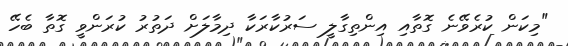
"މިކަން ކުރެވޭނެ ގޮތާއި އިންތިގާލީ ސަރުކާރަކާ ދިމާލަށް ދަތުރު ކުރަންވީ ގޮތާ ބެހޭ